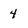
Character: 4